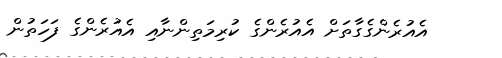
އެއުރެންގެގާތަށް އެއުރެންގެ ކުރިމަތިންނާއި އެއުރެންގެ ފަހަތުން